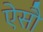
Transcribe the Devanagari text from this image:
ऐसौ